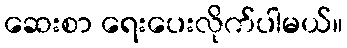
ဆေးစာ ရေးပေးလိုက်ပါမယ်။